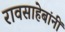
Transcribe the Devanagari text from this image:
रावसाहेबांनीं